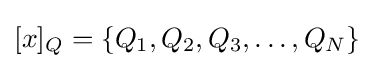
[x]_{Q}=\{Q_{1},Q_{2},Q_{3},\dots ,Q_{N}\}